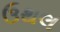
ઉથલ